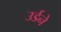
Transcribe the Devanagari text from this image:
उर्डने